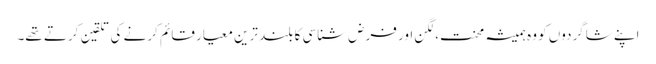
اپنے شاگردوں کو وہ ہمیشہ محنت،لگن اور فرض شناسی کا بلند ترین معیار قائم کرنے کی تلقین کرتے تھے۔